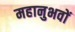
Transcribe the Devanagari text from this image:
महानुभवों